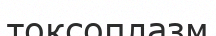
токсоплазм